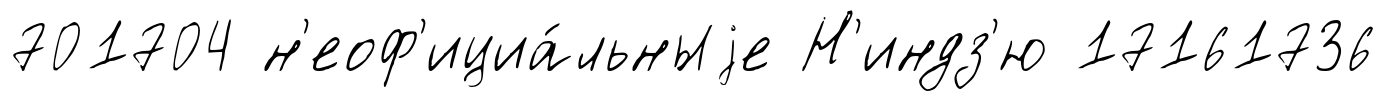
701704 н'еоф'ициа́льныjе Н'индз'ю 17161736